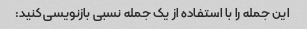
این جمله را با استفاده از یک جمله نسبی بازنویسی کنید: